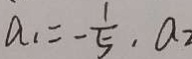
a _ { 1 } = - \frac { 1 } { 5 } , a _ { 2 }